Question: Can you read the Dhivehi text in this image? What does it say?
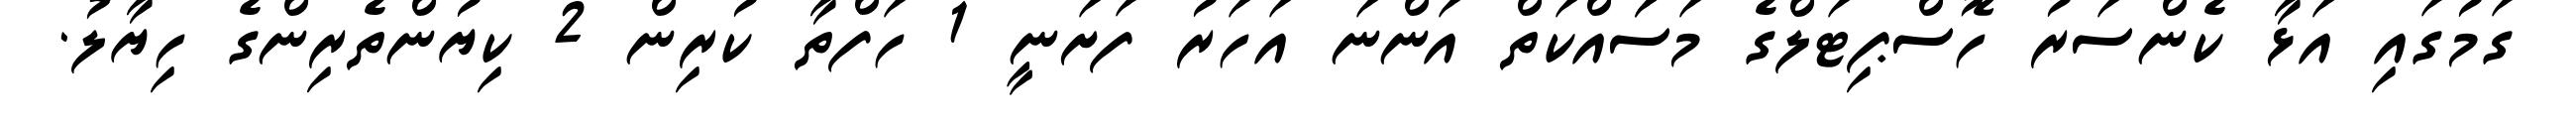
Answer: ގަމުގައި އަޅާ ކެންސަރު ހޮސްޕިޓަލްގެ މަސަައްކަތް އަންނަ އަހަރު ފަށަނީ 1 ހަފްތާ ކުރިން 2 ކިޔުންތެރިންގެ ހިޔާލު.